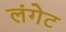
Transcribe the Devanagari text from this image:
लंगेट